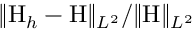
\| { \mathrm { H } } _ { h } - { \mathrm { H } } \| _ { L ^ { 2 } } / \| \mathrm { H } \| _ { L ^ { 2 } }